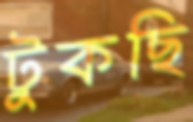
টুকছি